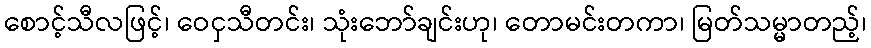
စောင့်သီလဖြင့်၊ ဝေငှသီတင်း၊ သုံးဘော်ချင်းဟု၊ တောမင်းတကာ၊ မြတ်သမ္မာတည့်၊